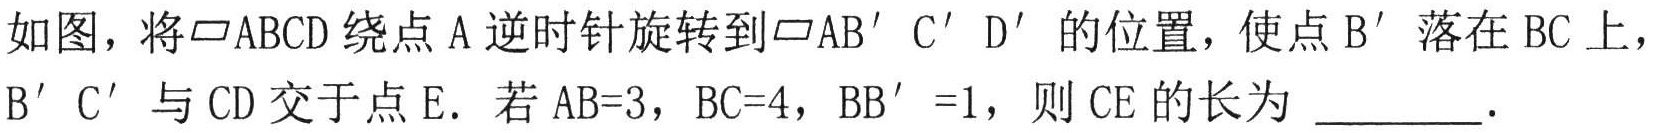
如图，将$\parallelogram ABCD$绕点$\mathrm{A}$逆时针旋转到$\parallelogram \mathrm{A}\mathrm{B}'\mathrm{C}'\mathrm{D}'$的位置，使点$\mathrm{B}'$落在$\mathrm{B}\mathrm{C}$上，$\mathrm{B}'\mathrm{C}'$与$\mathrm{C}\mathrm{D}$交于点$\mathrm{E}$．若$\mathrm{A}\mathrm{B}=3$，$\mathrm{B}\mathrm{C}=4$，$\mathrm{B}\mathrm{B}' =1$，则$\mathrm{C}\mathrm{E}$的长为 \_\_\_\_\_ ．